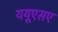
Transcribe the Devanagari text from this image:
ययूएसए